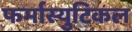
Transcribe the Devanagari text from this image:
फर्मास्युटिकल